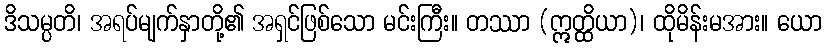
ဒိသမ္ပတိ၊ အရပ်မျက်နှာတို့၏ အရှင်ဖြစ်သော မင်းကြီး။ တဿာ (ဣတ္ထိယာ)၊ ထိုမိန်းမအား။ ယော